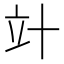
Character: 竍